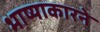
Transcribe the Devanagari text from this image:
भाष्याकारने